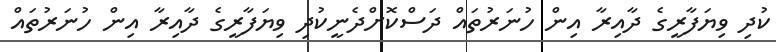
ކުދި ވިޔަފާރީގެ ދާއިރާ އިން ހުނަރުތައް ދަސްކޮށްދެނީކުދި ވިޔަފާރީގެ ދާއިރާ އިން ހުނަރުތައް